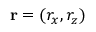
{ \bf r } = ( r _ { x } , r _ { z } )